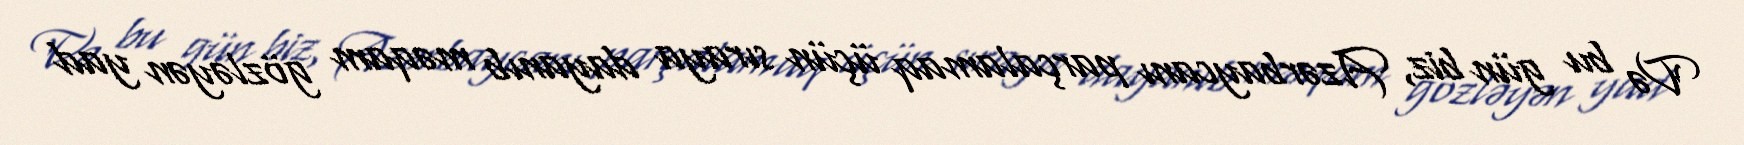
Və bu gün biz, Azərbaycanı parçalamaq üçün sıraya dayanıb məqam gözləyən yad